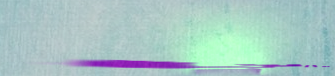
مدخل فرعي